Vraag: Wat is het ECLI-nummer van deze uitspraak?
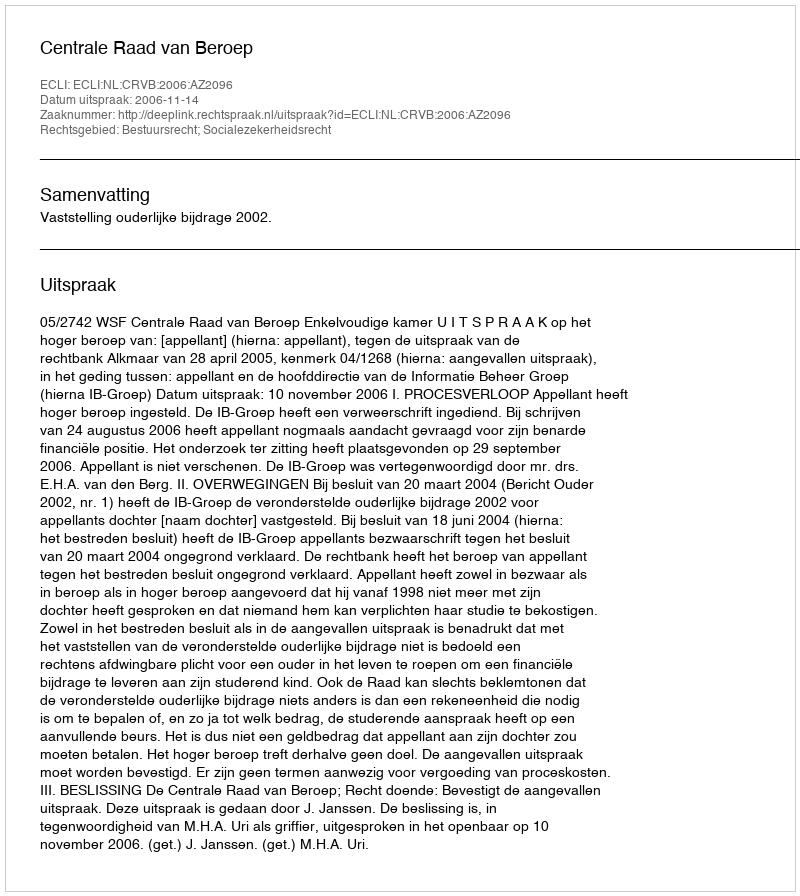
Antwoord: ECLI:NL:CRVB:2006:AZ2096